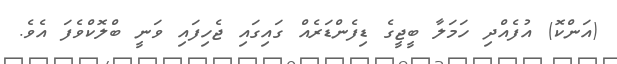
(އަންކޮ) އުފެއްދި ހަމަލާ ބީޖީގެ ޑިފެންޑަރެއް ގައިގައި ޖެހިފައި ވަނީ ބްލޮކްވެފަ އެވެ.